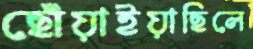
ছোঁয়াইয়াছিলে